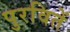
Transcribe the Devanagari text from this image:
पुरवितें